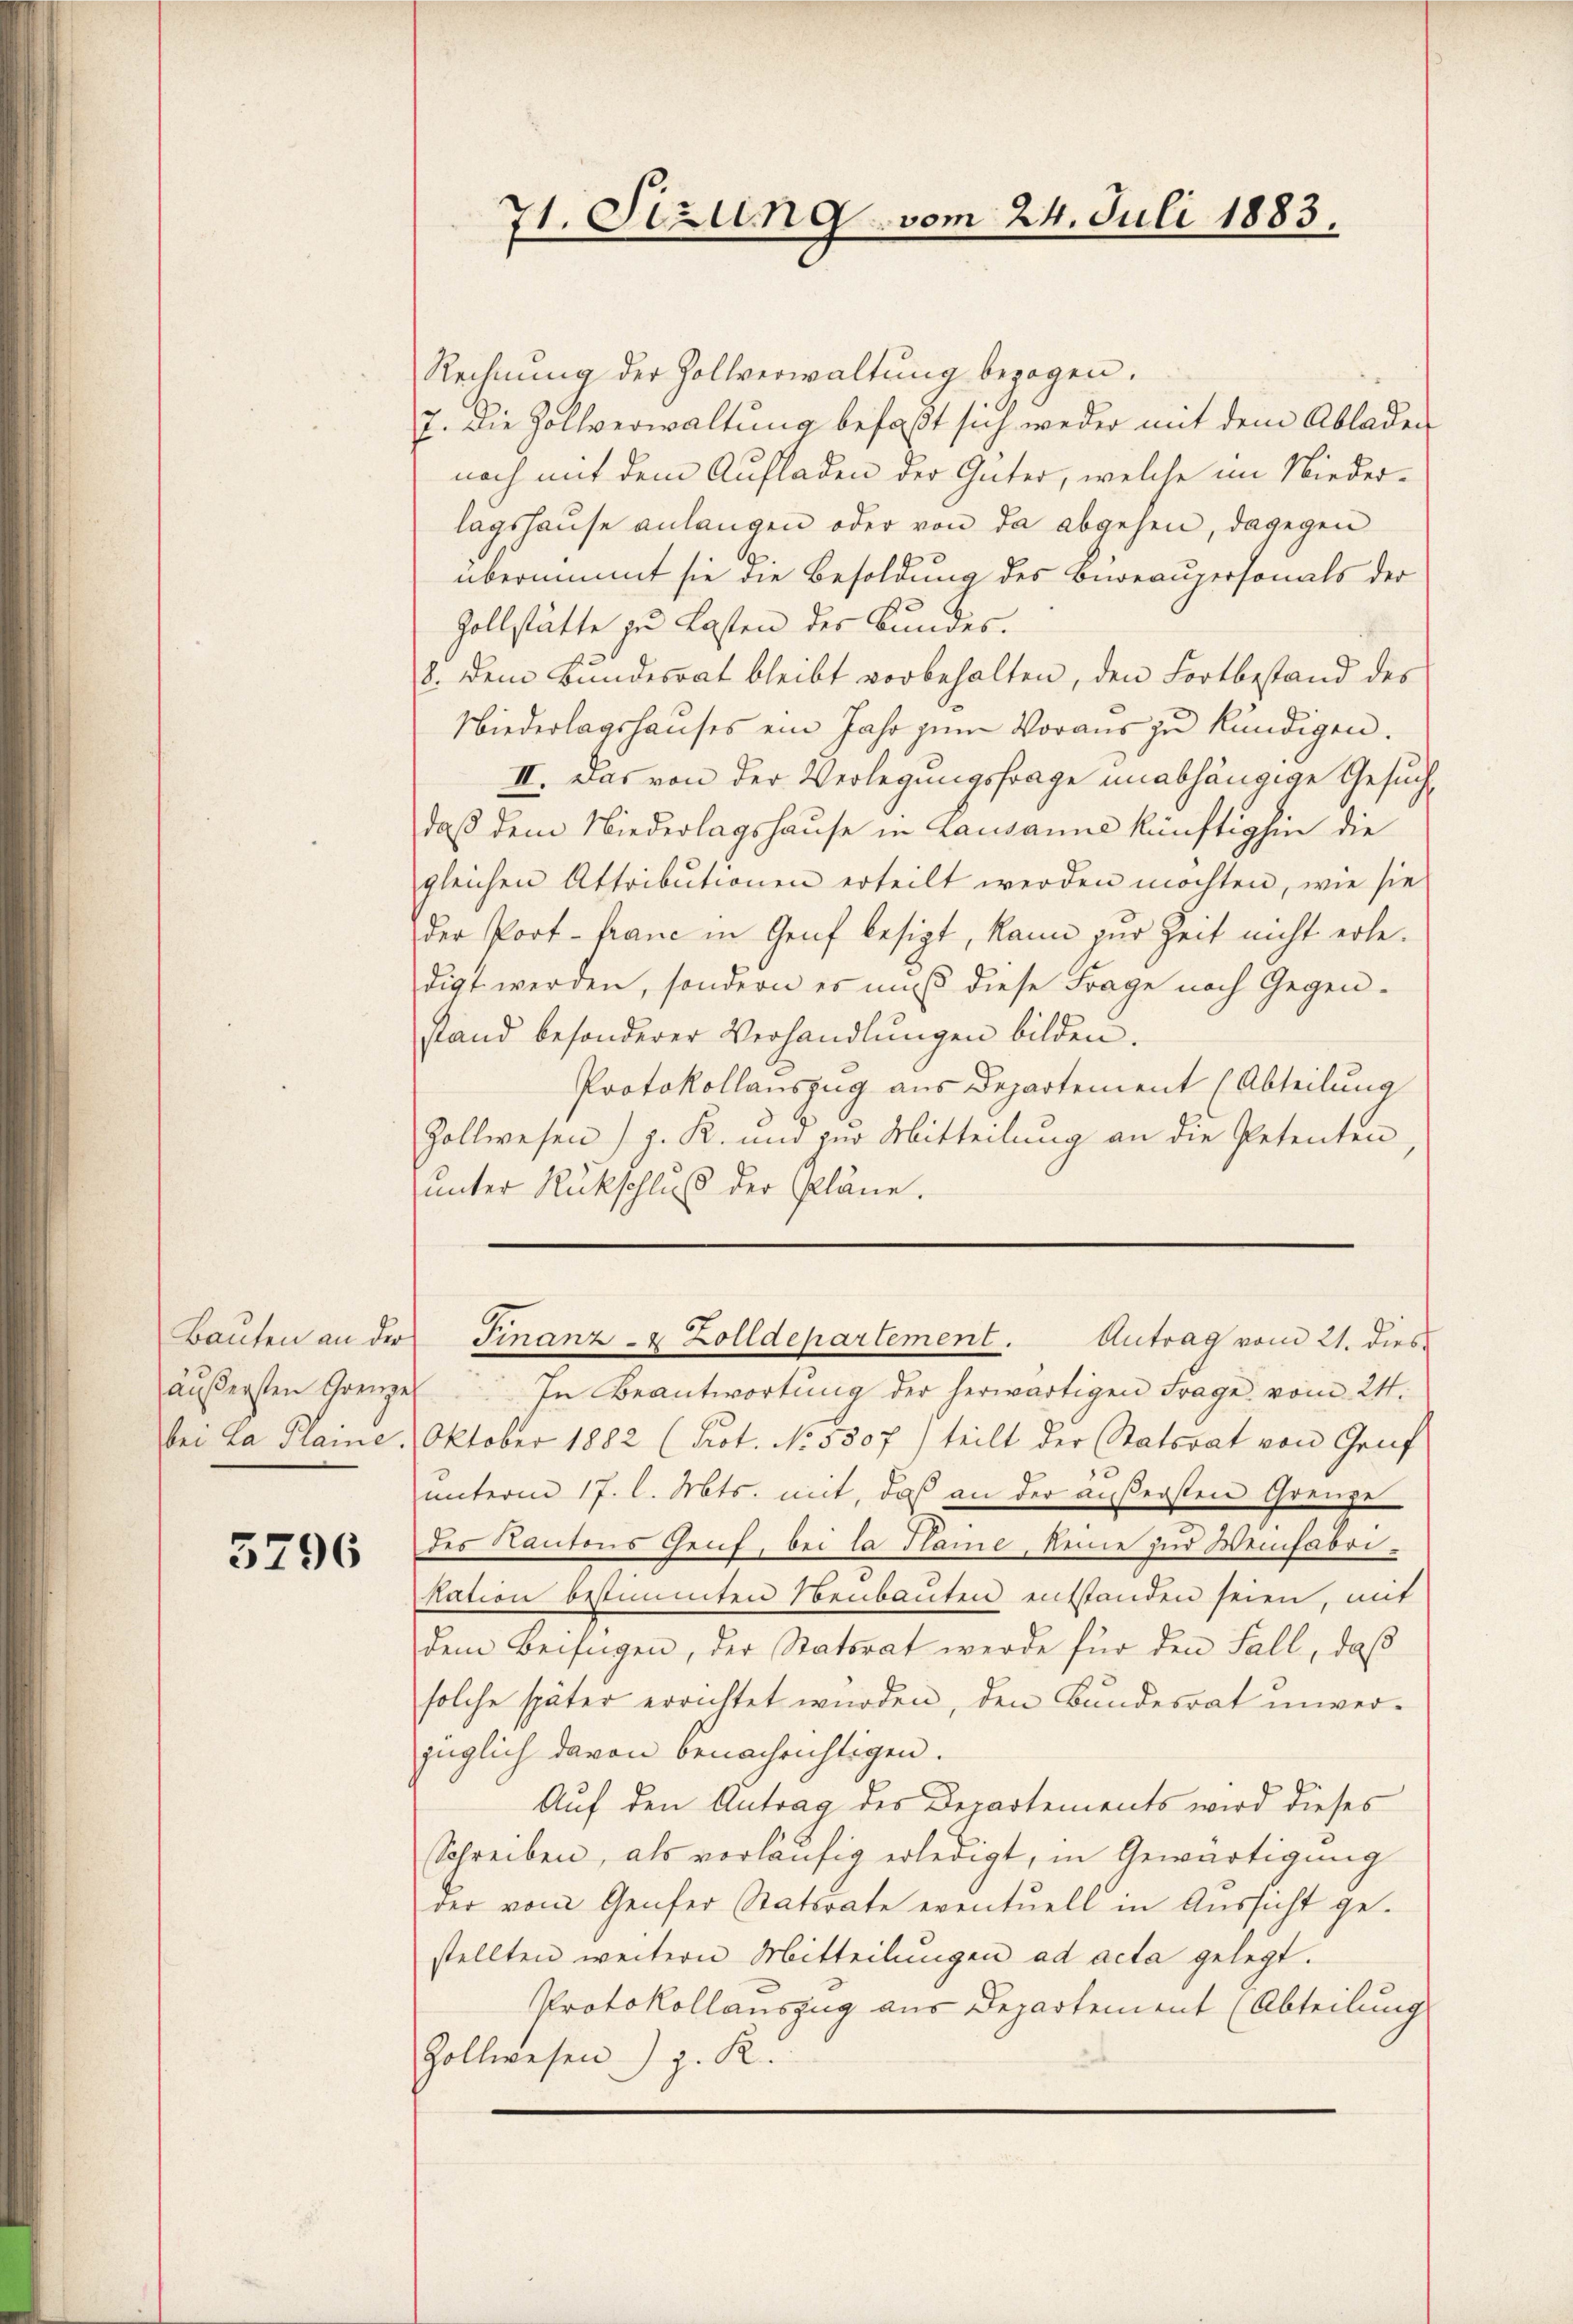
Bauten an der
bei La Plaine.

3796

71. Sizung vom 24. Juli 1883.

Rechnung der Zollverwaltung bezogen.
7. Die Zollverwaltung befaßt sich weder mit dem Abladen
noch mit dem Aufladen der Güter, welche im Niederlagshause anlangen oder von da abgehen, dagegen
übernimmt sie die Besoldung des Bureaupersonals der
Zollstätte zu Lasten der Bundes.
8. dem Bundesrat bleibt vorbehalten, den Fortbestand des
Niederlagshauses ein Jahr zum Voraus zu kündigen.
II. Das von der Verlegungsfrage unabhängige Gesuchdaß dem Niederlagshause in Lausanne künftighin die
gleichen Attributionen erteilt werden möchten, wie sie
der Port- franc in Genf besizt, kann zur Zeit nicht erledigt werden, sondern es muß diese Frage nach Gegen-
stand besonderer Verhandlungen bilden.
Protokollauszug aus Departement (Abteilung
Zollwesen) g. R. und zur Mitteilung an die Petenten,
unter Rückschluß der Pläne.
Finanz- & Zolldepartement. Antrag vom 21. dies
äŭβersten Grenze In Beantwortŭng der herwärtigen Frage vom 24.
Oktober 1882 (Prot. No. 5807) teilt der Statsrat von Gruf
unterm 17. l. Mts. mit, daß an der äußersten Grenze
des Kantons Geif, bei la Plaine, keine zur Weinfabrikation bestimmten Neubauten entstanden seien, mit
dem Beifügen, der Statorat werde für den Fall, daß
solche später errichtet würden, den Bundesrat unverzüglich davon benachrichtigen.
Auf den Antrag des Departements wird dieses
Schreiben, als vorläufig erledigt, in Gewärtigung
der vom Genfer Statorate eventuell in Aussicht gestellten weitern Mitteilungen ad acta gelegt.
Protokollauszug aus Departement (Abteilung
Zollwesen) z. R.